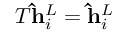
T \mathbf { \hat { h } } _ { i } ^ { L } = \mathbf { \hat { h } } _ { i } ^ { L }